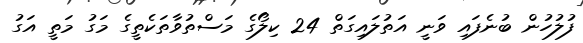
ފުލުހުން ބުނެފައި ވަނީ އަތުލައިގަތް 24 ކިލޯގެ މަސްތުވާތަކެތީގެ މަގު މަތީ އަގު